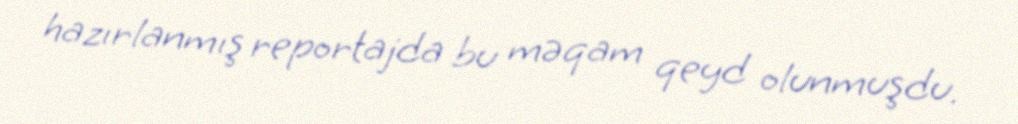
hazırlanmış reportajda bu məqam qeyd olunmuşdu.